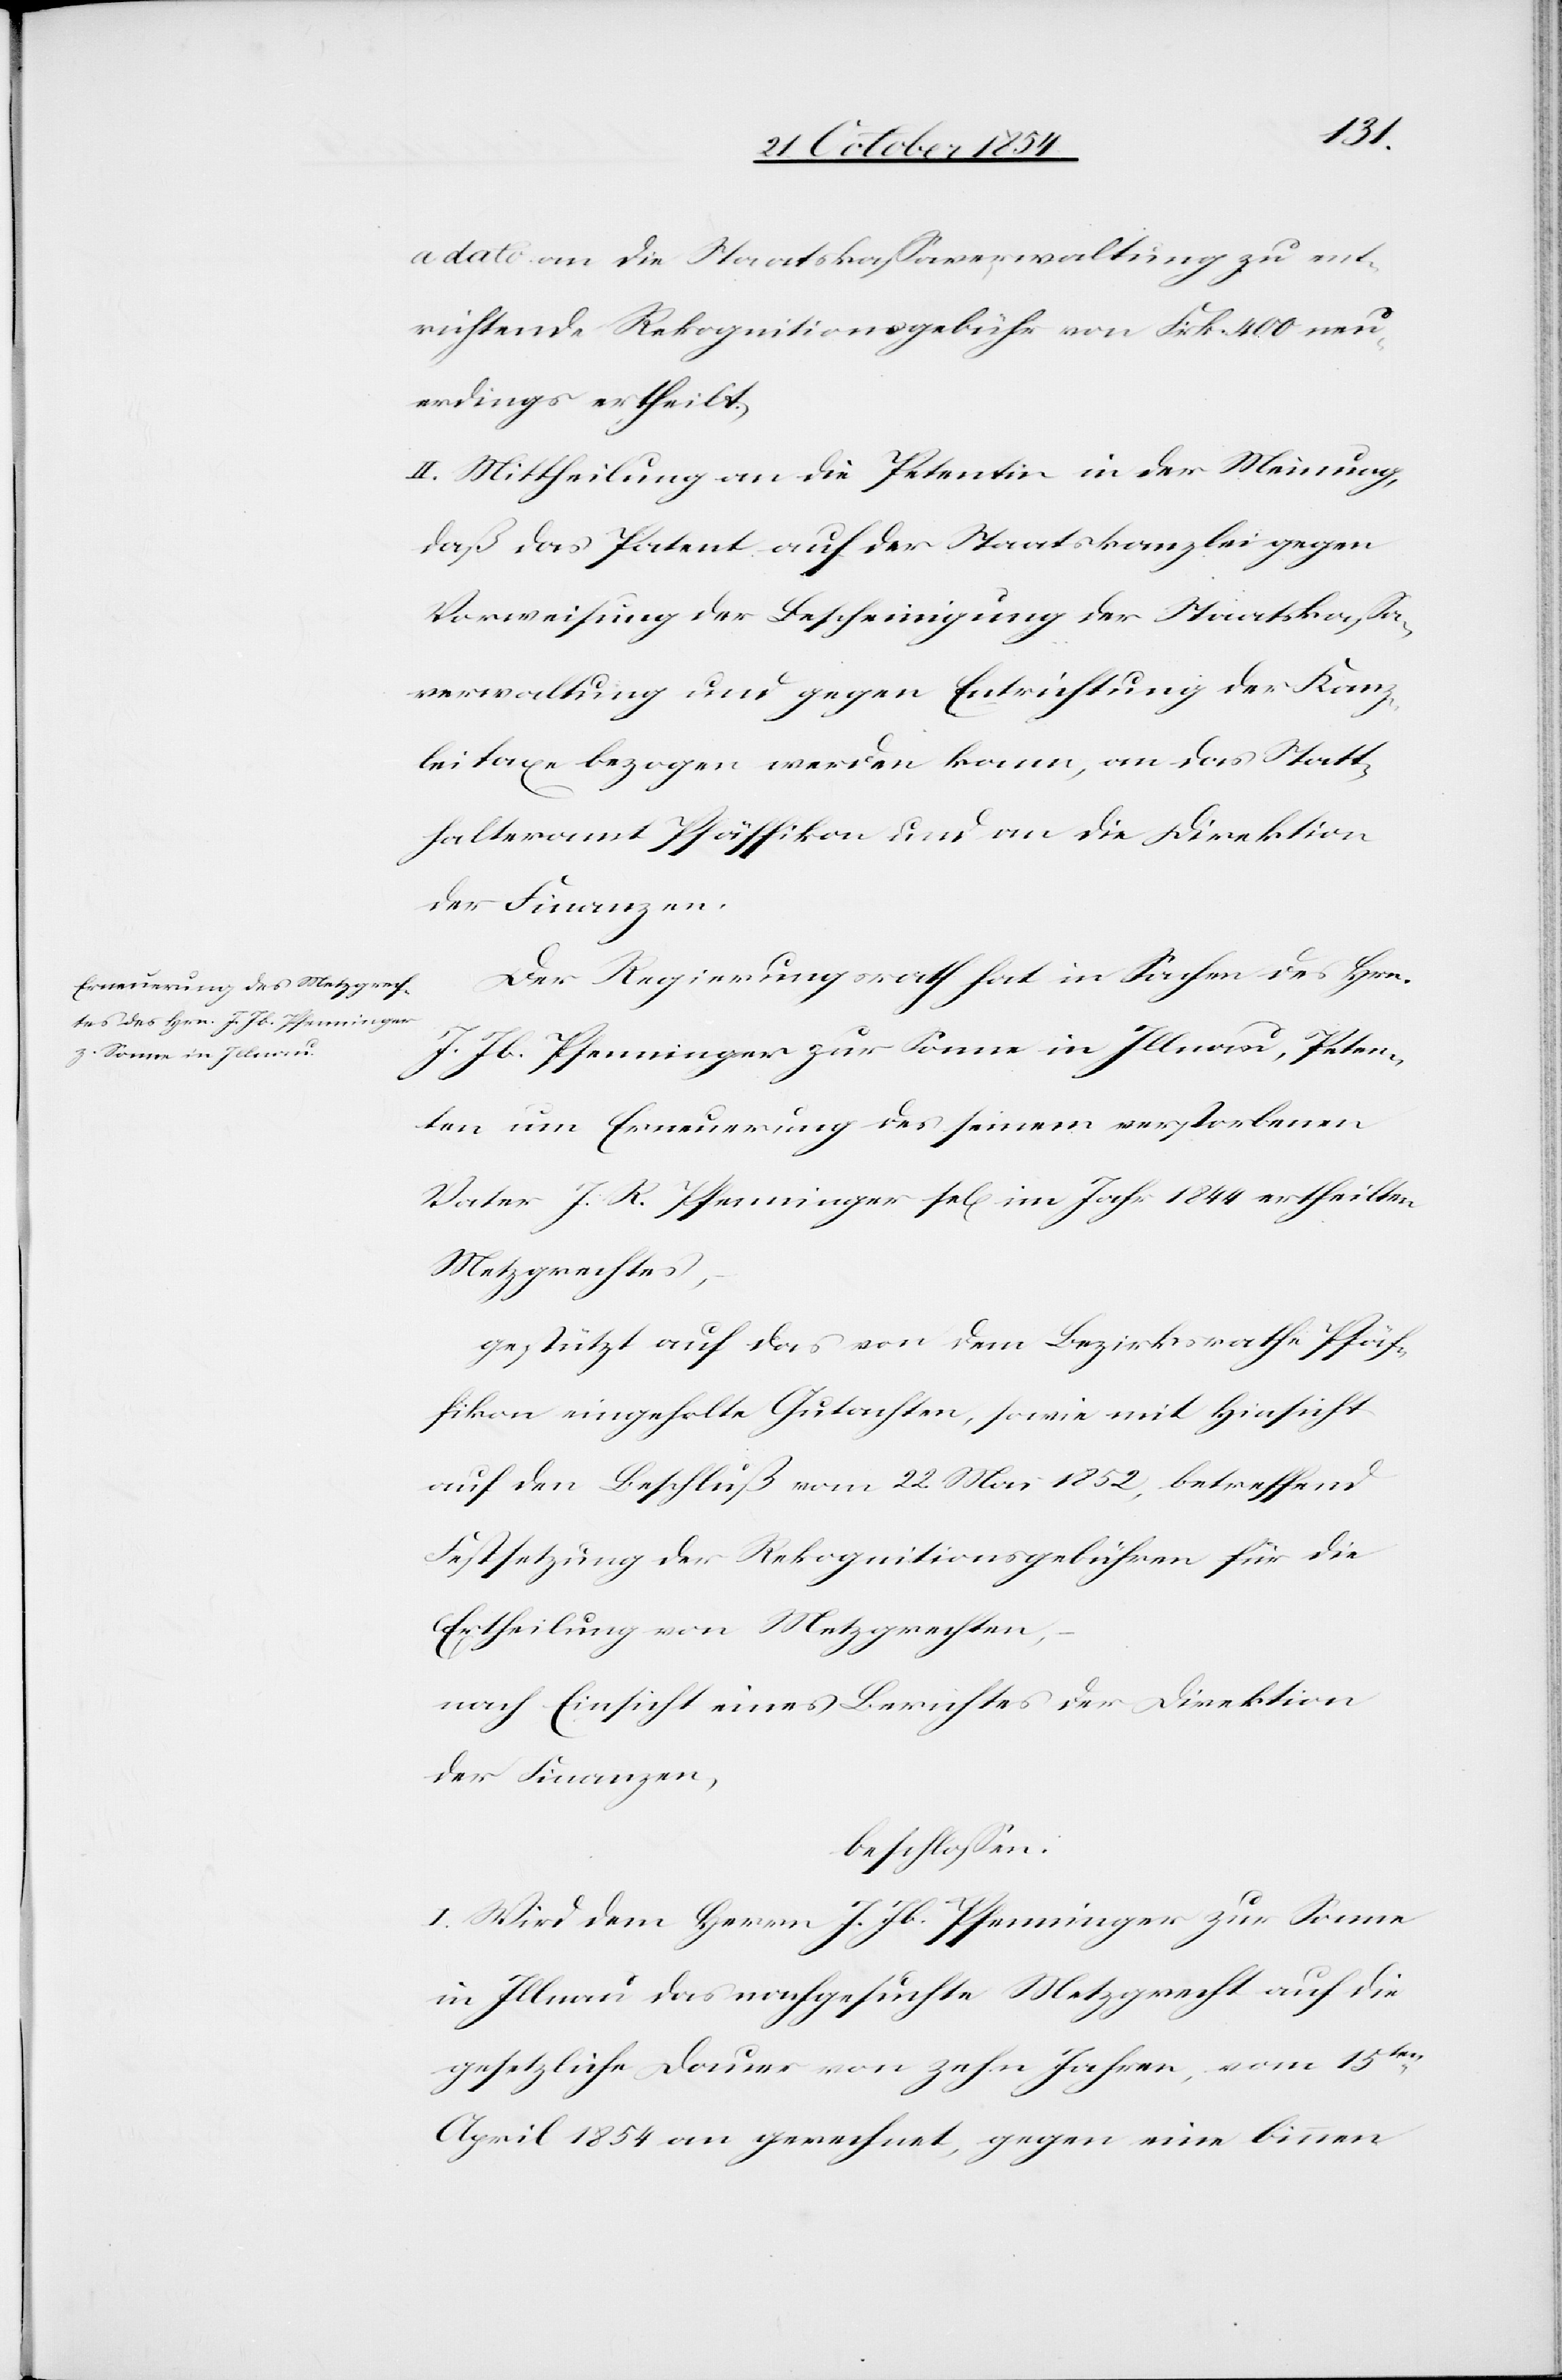
a dato an die Staatskaßaverwaltung zu ent¬
richtende Rekognitionsgebühr von Frk. 400 neu¬
erdings ertheilt.
II. Mittheilung an die Petentin in der Meinung,
daß das Patent auf der Staatskanzlei gegen
Vorweisung der Bescheinigung der Staatskaßa¬
verwaltung und gegen Entrichtung der Kanz¬
leitaxe bezogen werden kann, an das Statt¬
halteramt Pfäffikon und an die Direktion
der Finanzen.
Der Regierungsrath hat in Sachen des Hrn.
J. Jb. Pfenninger zur Sonne in Illnau, Peten¬
ten um Erneuerung des seinem verstorbenen
Vater J. R. Pfenninger sel. im Jahr 1844 ertheilten
Metzgrechtes,
gestützt auf das von dem Bezirksrathe Pfäf¬
fikon eingeholte Gutachten, sowie mit Hinsicht
auf den Beschluß vom 22. Mai 1852, betreffend
Festsetzung der Rekognitionsgebühren für die
Ertheilung von Metzgrechten,
nach Einsicht eines Antrages der Direktion
der Finanzen,
beschloßen:
I. Wird dem Herrn J. Jb. Pfenninger zur Sonnen
in Illnau das nachgesuchte Metzgrecht auf die
gesetzliche Dauer von zehn Jahren, vom 15ten
April 1854 an gerechnet, gegen eine binnen